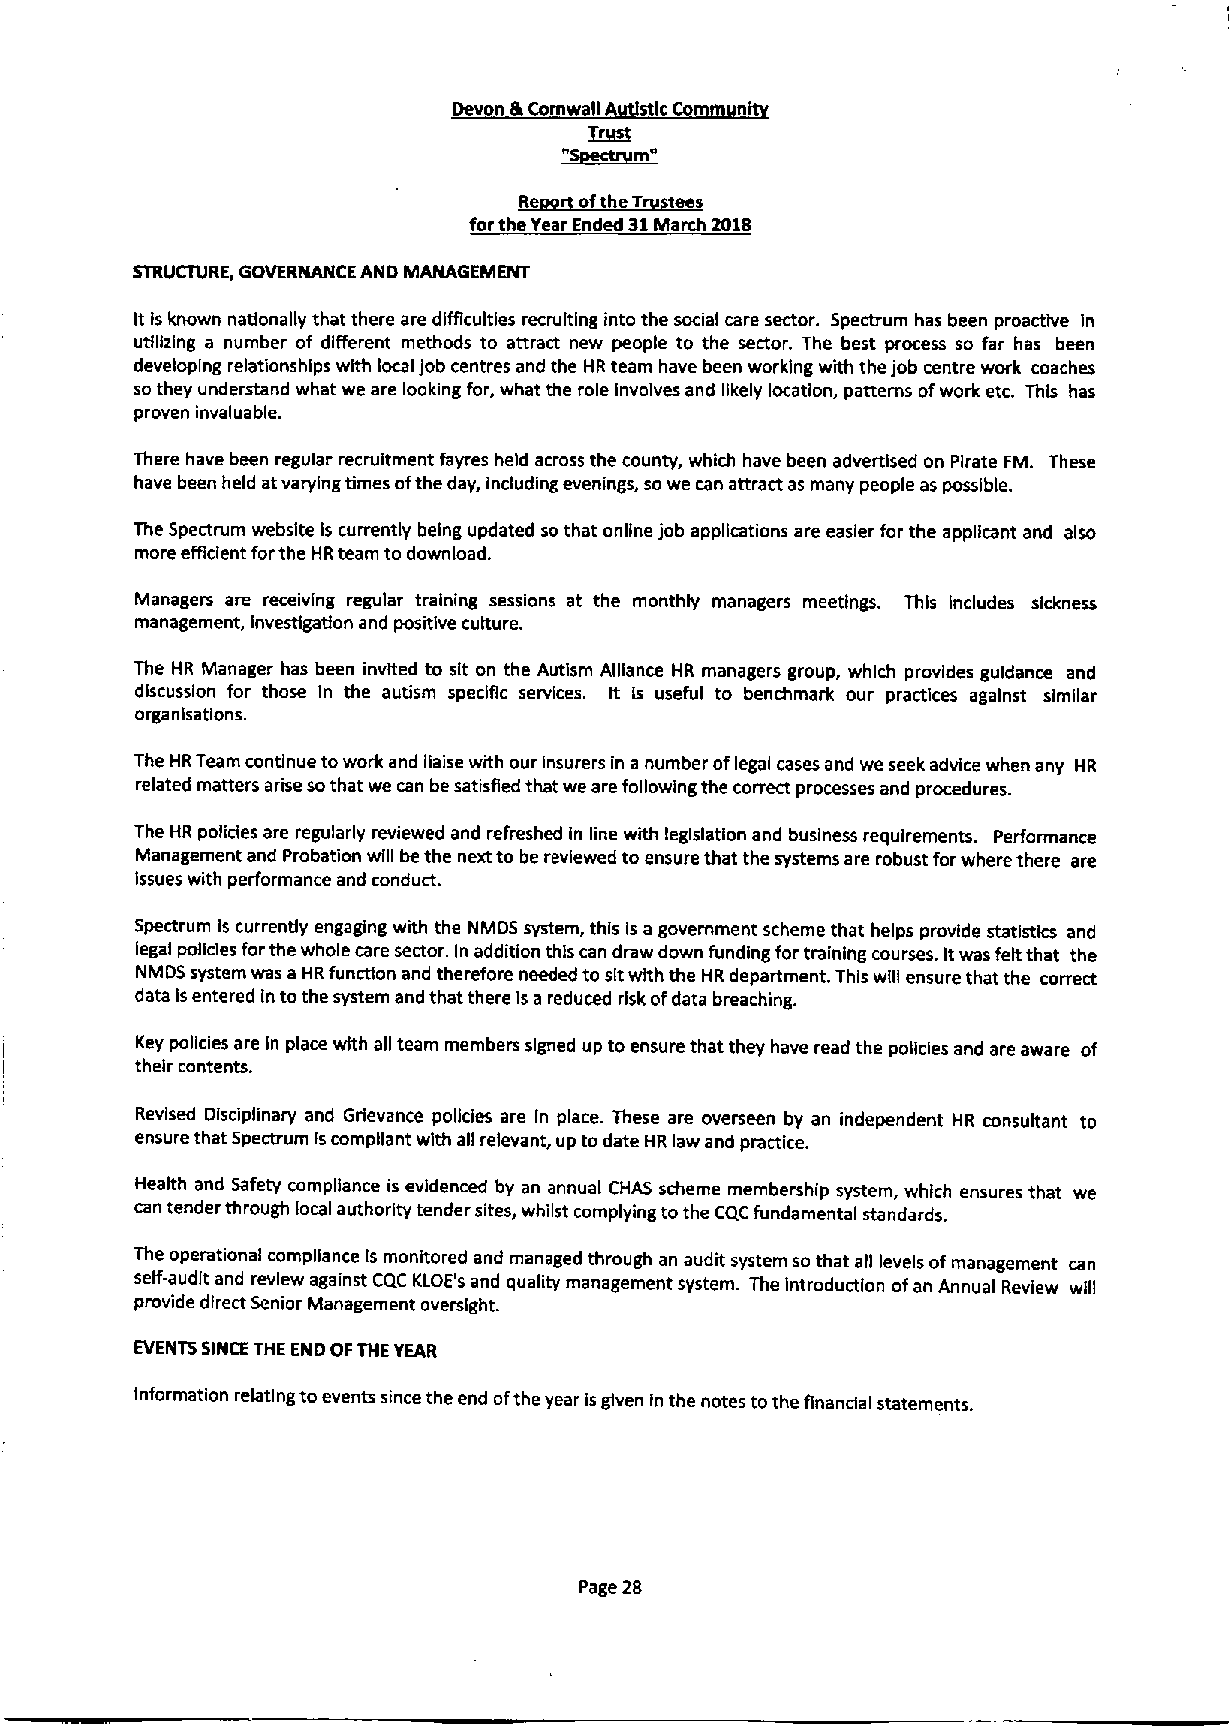
Devon IkComwall stlc Co n
 ~r
 "SgectrLm"
 ~Re
 5ofthe
 Trustees
 forthe Year Ended 81March 2018
 STRUCTURE, GOVERNANCE AND MANAGEMENT
 ItIsknown nationally that there are difficultie recruiting into the social care sector. Spectrum has been proactive in
 utilizing a number of different methods to attract new people to the sector. The best process so far has been
 developing relationships with local job centres and the HR team have been working with the job centre work coaches
 so they understand what we are looking for, what the role Involves and likely location, patterns ofwork etc. This has
 proven invaluable.
 There have been regular recruitment fayres held across the county, which have been advertised on Pirate FM. These
 have been held atvarying times ofthe day, including evenings, sowe can attract as many people as possible.
 The Spectrum webslte Is currently being updated so that online job applications are easier for the applicant and also
 more efficien forthe HRteam to download.
 Managers are receiving regular training sessions at the monthly managers meetings. This Includes sickness
 management, investigation and positive culture.
 The HR Manager has been invited to sit on the Autism Alliance HR managers group, which provides guidance and
 discussion for those In the autism specific services. It is useful to benchmark our practices against similar
 orga nisatlons.
 The HRTeam continue towork and liaise with our insurers in a number oflegal cases and we seek advice when any HR
 related matters arise sothat we can be satisRed that we are following the correct processes and procedures.
 The HR polldes are regularly reviewed and refreshed in line with legislation and business requirements. Performance
 Management and Probation will be the next to be reviewed to ensure that the systems are robust forwhere there are
 Issues with performance and conduct.
 Spectrum Is currently engaging with the NMDS system, this is a government scheme that helps provide statistics and
 legal policies forthe whole care sector. In addition this can draw down funding for training courses. Itwas felt that the
 NMDS system was aHR function and therefore needed to sitwith the HR department. This will ensure that the correct
 data Isentered in tothe system and that there is a reduced risk ofdata breaching.
 Key policies are in place with all team members signed up to ensure that they have read the policies and are aware of
 their contents.
 Revised Disciplinary and Grievance policies are In place. These are overseen by an independent HR consultant to
 ensure that Spectrum iscompliant with all relevant, up to date HR law and practice.
 Health and Safety compliance is evidenced by an annual CHAS scheme membership system, which ensures that we
 can tender through local authority tender sites, whilst complying tothe CQC fundamental standards.
 The operational compliance Is monitored and managed through an audit system so that all levels ofmanagement can
 self-audit and review against CQC KLOE's and quality management system. The Introduction ofan Annual Review will
 provide direct Senior Management oversight.
 EVENTS SINCE THE END OFTHE YEAR
 Information relating toevents since the end ofthe year isgiven in the notes tothe flnandal statements.
 Page 28